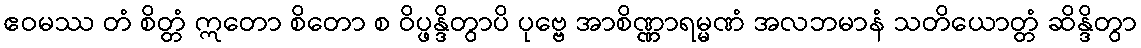
ဧဝမဿ တံ စိတ္တံ ဣတော စိတော စ ဝိပ္ဖန္ဒိတွာပိ ပုဗ္ဗေ အာစိဏ္ဏာရမ္မဏံ အလဘမာနံ သတိယောတ္တံ ဆိန္ဒိတွာ